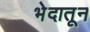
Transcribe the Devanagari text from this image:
भेदातून